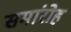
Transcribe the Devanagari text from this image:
समांरोह